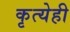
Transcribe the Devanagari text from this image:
कृत्येही